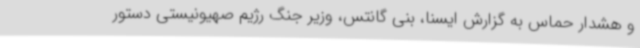
و هشدار حماس به گزارش ایسنا، بنی گانتس، وزیر جنگ رژیم صهیونیستی دستور